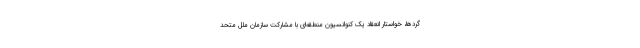
گردها، خواستار انعقاد یک کنوانسیون منطقه‌ای با مشارکت سازمان ملل متحد